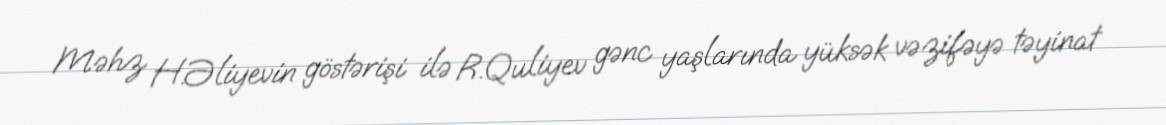
Məhz H.Əliyevin göstərişi ilə R.Quliyev gənc yaşlarında yüksək vəzifəyə təyinat